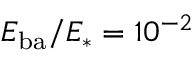
E _ { \mathrm { b a } } / E _ { * } = 1 0 ^ { - 2 }